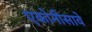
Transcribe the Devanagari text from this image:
एकोनीसावे